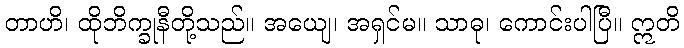
တာဟိ၊ ထိုဘိက္ခုနီတို့သည်။ အယျေ၊ အရှင်မ။ သာဓု၊ ကောင်းပါပြီ။ ဣတိ